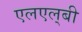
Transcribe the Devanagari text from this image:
एलएल्‌बी